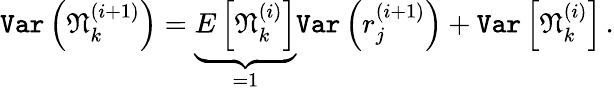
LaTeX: \texttt{Var}\left(\mathfrak{N}_{k}^{(i+1)}\right)=\underbrace{E\left[\mathfrak{N}_{k}^{(i)}\right]}_{=1}\texttt{Var}\left(r_{j}^{(i+1)}\right)+\texttt{Var}\left[\mathfrak{N}_{k}^{(i)}\right]\, .